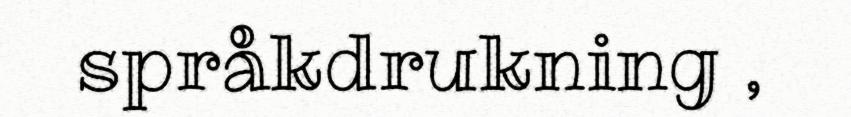
språkdrukning ,